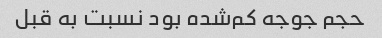
حجم جوجه کم‌شده بود نسبت به قبل